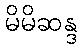
မိမိဆန္ဒ